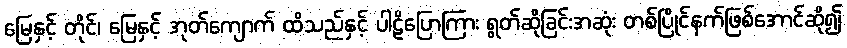
မြေနှင့် တိုင်၊ မြေနှင့် အုတ်ကျောက် ထိသည်နှင့် ပါဠိပြောကြား ရွတ်ဆိုခြင်းအဆုံး တစ်ပြိုင်နက်ဖြစ်အောင်ဆို၍